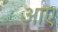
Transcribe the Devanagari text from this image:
अाए